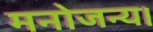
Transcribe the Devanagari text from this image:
मनोजन्य।